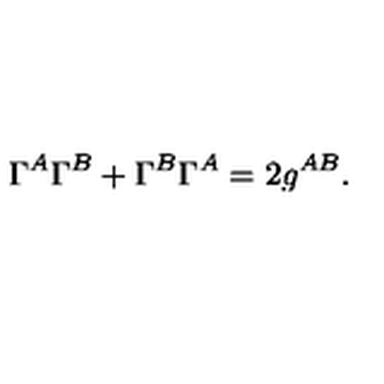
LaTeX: \Gamma ^ { A } \Gamma ^ { B } + \Gamma ^ { B } \Gamma ^ { A } = 2 g ^ { A B } .